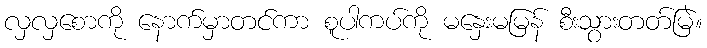
လှလှစောကို နောက်မှာတင်ကာ စူပါကပ်ကို မနှေးမမြန် စီးသွားတတ်မြဲ။